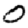
Digit: 0